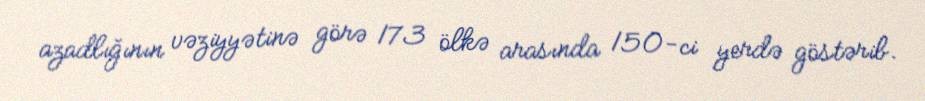
azadlığının vəziyyətinə görə 173 ölkə arasında 150-ci yerdə göstərib.